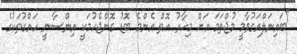
"ބައިނަލްއަގުވާމީ މުޖްތަމަ އަށް މިހާރު އޮތް އެންމެ ބޮޑު ގޮންޖެހުމަކީ އިންސާނީ ހައްގުތަކުގެ